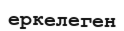
еркелеген